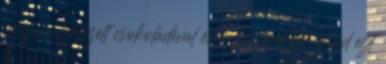
össze a lereszelt csokoládéval és a fűszerekkel, majd ezt